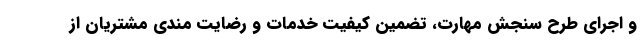
و اجرای طرح سنجش مهارت، تضمین کیفیت خدمات و رضایت مندی مشتریان از